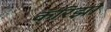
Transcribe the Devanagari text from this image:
कॅरिझो